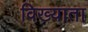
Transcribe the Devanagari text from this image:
विख्याता